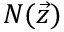
N ( \vec { z } )